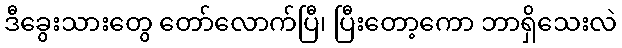
ဒီခွေးသားတွေ တော်လောက်ပြီ၊ ပြီးတော့ကော ဘာရှိသေးလဲ